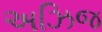
અઝિજ